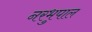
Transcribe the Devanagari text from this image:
नरभुपाल